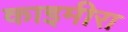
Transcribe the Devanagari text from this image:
काइमीरा